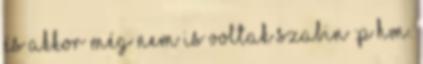
És akkor még nem is voltak szabin :P Hm.